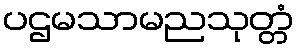
ပဌမသာမညသုတ္တံ